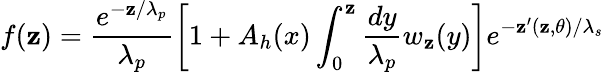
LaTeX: f(\mathbf{z})=\frac{{e^{-\mathbf{z}/\lambda_{p}}}}{{\lambda_{p}}}\left[1+A_{h}(x)\int_{0}^{\mathbf{z}}\frac{{dy}}{{\lambda_{p}}}w_{\mathbf{z}}(y)\right]e^{-\mathbf{z}^{\prime}(\mathbf{z},\theta)/\lambda_{s}}